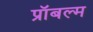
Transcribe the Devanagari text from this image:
प्रॉबल्म